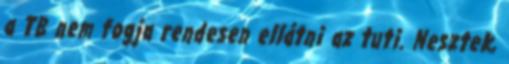
a TB nem fogja rendesen ellátni az tuti. Nesztek,